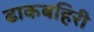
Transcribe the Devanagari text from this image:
ढाकबहिरी